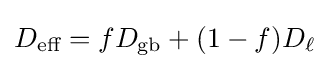
D_{\text{eff}}=fD_{\text{gb}}+(1-f)D_{\ell }